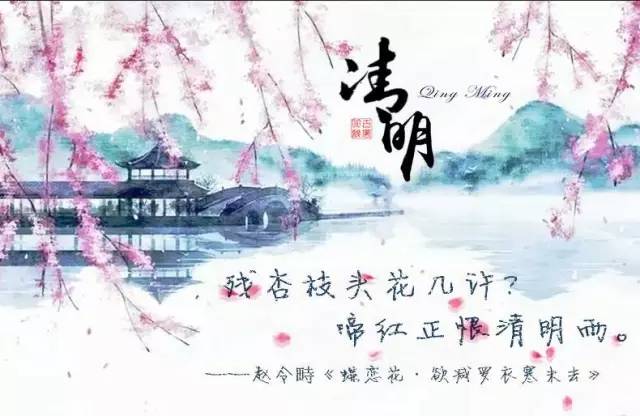
一郡官闲唯副使，一年冷节是清明。